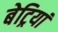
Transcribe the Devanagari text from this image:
बेट्रियां